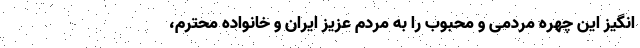
انگیز این چهره مردمی و محبوب را به مردم عزیز ایران و خانواده محترم،